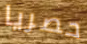
حصريا